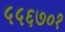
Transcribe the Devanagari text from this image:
५५६७०१